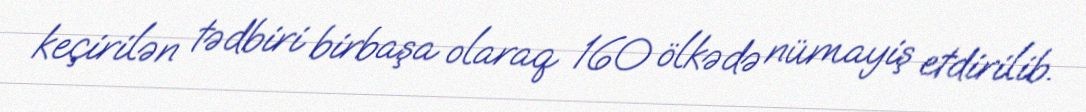
keçirilən tədbiri birbaşa olaraq 160 ölkədə nümayiş etdirilib.